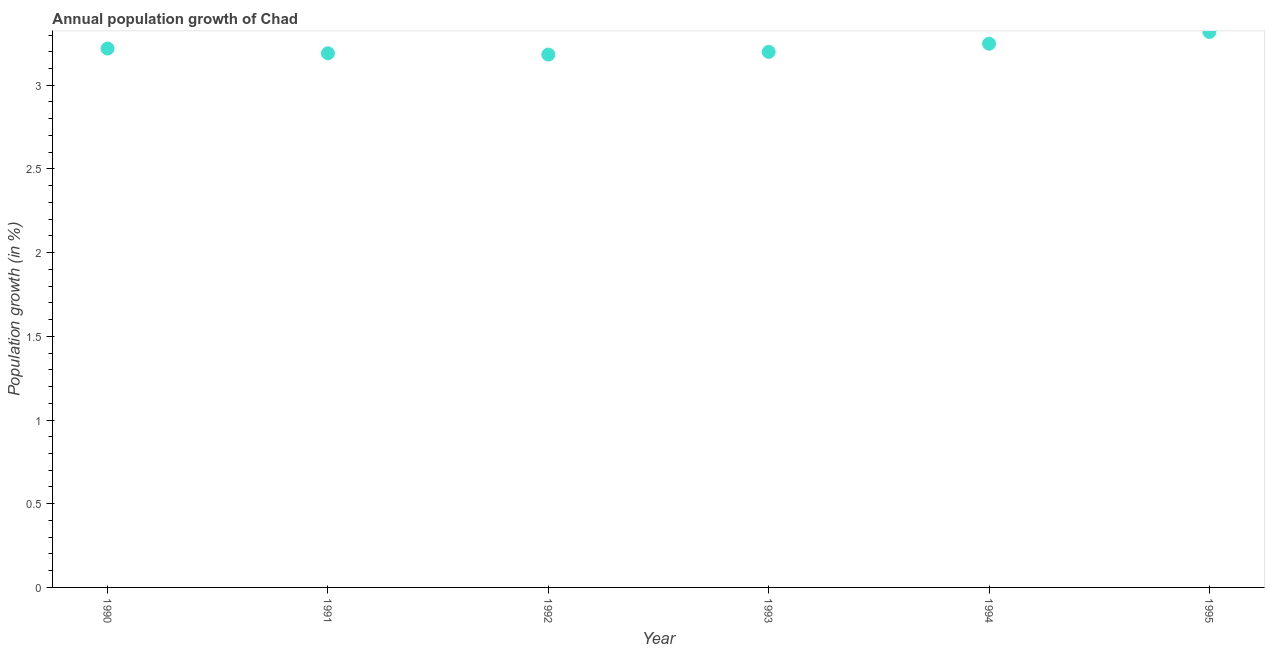
| Year | Population growth |
 | --- | --- |
 | 1990 | 3.22 |
 | 1991 | 3.19 |
 | 1992 | 3.18 |
 | 1993 | 3.2 |
 | 1994 | 3.25 |
 | 1995 | 3.32 |